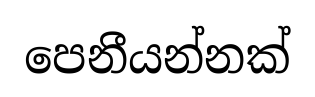
පෙනීයන්නක්